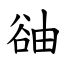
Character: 䜬